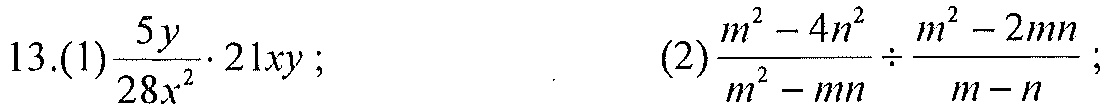
13.(1)\(\frac{5y}{28x^{2}}\cdot21xy\);  \(\quad\) (2)\(\frac{m^{2}-4n^{2}}{m^{2}-mn}\div\frac{m^{2}-2mn}{m - n}\);